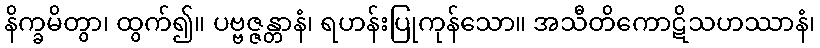
နိက္ခမိတွာ၊ ထွက်၍။ ပဗ္ဗဇ္ဇန္တာနံ၊ ရဟန်းပြုကုန်သော။ အသီတိကောဋိသဟဿာနံ၊